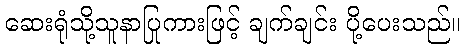
ဆေးရုံသို့သူနာပြုကားဖြင့် ချက်ချင်း ပို့ပေးသည်။